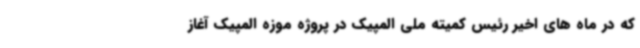
که در ماه های اخیر رئیس کمیته ملی المپیک در پروژه موزه المپیک آغاز